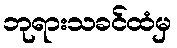
ဘုရားသခင်ထံမှ